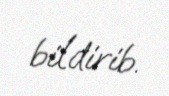
bildirib.